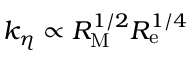
k _ { \eta } \propto R _ { \mathrm { M } } ^ { 1 / 2 } R _ { \mathrm { e } } ^ { 1 / 4 }